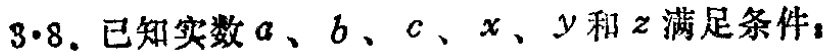
$3\cdot8.$已知实数$a、b、c、x、y$和$z$满足条件：